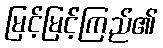
မြင့်မြင့်ကြည်၏